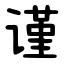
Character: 谨